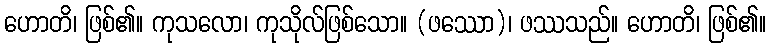
ဟောတိ၊ ဖြစ်၏။ ကုသလော၊ ကုသိုလ်ဖြစ်သော။ (ဖဿော)၊ ဖဿသည်။ ဟောတိ၊ ဖြစ်၏။